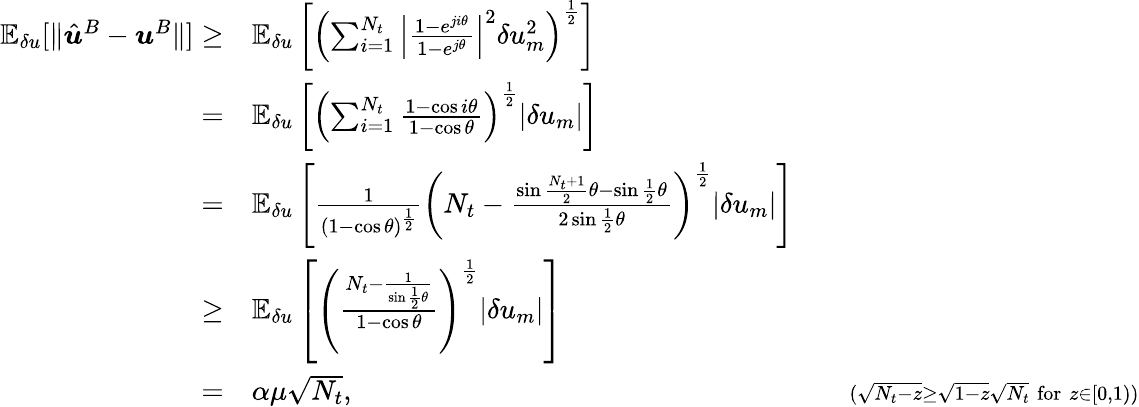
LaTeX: \begin{array}{rlr}{\mathbb{E}_{\delta u}[\| \hat{\boldsymbol{u}}^{B}-\boldsymbol{u}^{B}\| ]\ge}&{\mathbb{E}_{\delta u}\left[\left(\sum_{i=1}^{N_{t}}\left|\frac{1-e^{ji\theta}}{1-e^{j\theta}}\right|^{2}\delta u_{m}^{2}\right)^{\frac{1}{2}}\right]}&\\ {=}&{\mathbb{E}_{\delta u}\left[\left(\sum_{i=1}^{N_{t}}\frac{1-\cos i\theta}{1-\cos\theta}\right)^{\frac{1}{2}}|\delta u_{m}|\right]}&\\ {=}&{\mathbb{E}_{\delta u}\left[\frac{1}{(1-\cos\theta)^{\frac{1}{2}}}\left(N_{t}-\frac{\sin\frac{N_{t}+1}{2}\theta-\sin\frac{1}{2}\theta}{2\sin\frac{1}{2}\theta}\right)^{\frac{1}{2}}|\delta u_{m}|\right]}&\\ {\ge}&{\mathbb{E}_{\delta u}\left[\left(\frac{N_{t}-\frac{1}{\sin\frac{1}{2}\theta}}{1-\cos\theta}\right)^{\frac{1}{2}}|\delta u_{m}|\right]}&\\ {=}&{\alpha\mu\sqrt{N_{t}},}&{\quad{\scriptstyle(\sqrt{N_{t}-z}\ge\sqrt{1-z}\sqrt{N_{t}}\; \mathrm{for}\; z\in[0,1))}}\end{array}